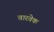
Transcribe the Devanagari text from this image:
वारवेक